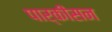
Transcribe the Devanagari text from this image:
पार्कीसन